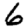
Digit: 6